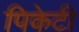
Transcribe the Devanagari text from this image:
पिकेटी